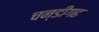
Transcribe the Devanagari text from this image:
चन्डीगढ